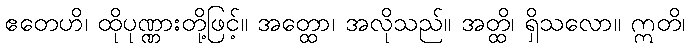
ဧတေဟိ၊ ထိုပုဏ္ဏားတို့ဖြင့်။ အတ္ထော၊ အလိုသည်။ အတ္ထိ၊ ရှိသလော။ ဣတိ၊